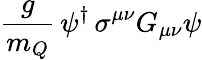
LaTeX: {\frac{g}{m_{Q}}}\, \psi^{\dagger}\, \sigma^{\mu\nu}G_{\mu\nu}\psi